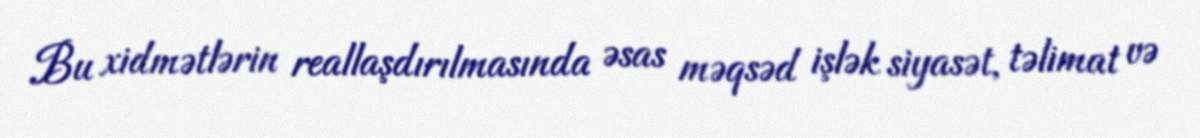
Bu xidmətlərin reallaşdırılmasında əsas məqsəd işlək siyasət, təlimat və